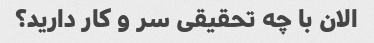
الان با چه تحقیقی سر و کار دارید؟